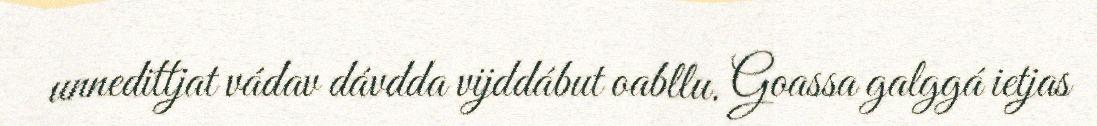
unnedittjat vádav dávdda vijddábut oabllu. Goassa galggá ietjas